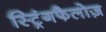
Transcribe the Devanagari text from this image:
स्ट्रिंगफैलोज़